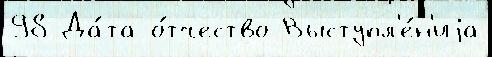
98 Да́та о́тчество Выступл'е́н'иjа